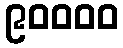
၉၀၀၀၀